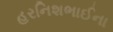
હરનિશભાઈના